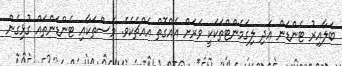
ބަލާއިރު ޓެންޑަން އަދި ލިގަމެެންޓްތަކަކީ ވަރަށް އެއްގޮތް އެއްޗެކެވެ. މަސްތަކާއި ޓެންޑަންތައް ގުޅިގެން